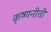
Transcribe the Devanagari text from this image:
कृष्णनीती